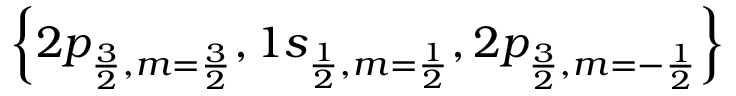
\left\{ 2 p _ { \frac { 3 } { 2 } , m = \frac { 3 } { 2 } } , 1 s _ { \frac { 1 } { 2 } , m = \frac { 1 } { 2 } } , 2 p _ { \frac { 3 } { 2 } , m = - \frac { 1 } { 2 } } \right\}